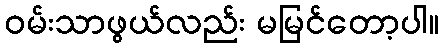
ဝမ်းသာဖွယ်လည်း မမြင်တော့ပါ။